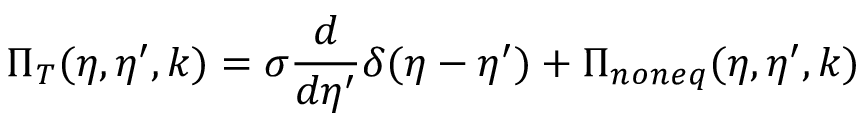
\Pi _ { T } ( \eta , \eta ^ { \prime } , k ) = \sigma \frac { d } { d \eta ^ { \prime } } \delta ( \eta - \eta ^ { \prime } ) + \Pi _ { n o n e q } ( \eta , \eta ^ { \prime } , k )